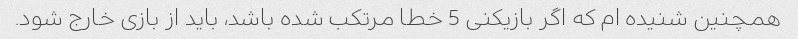
همچنین شنیده ام که اگر بازیکنی 5 خطا مرتکب شده باشد، باید از بازی خارج شود.